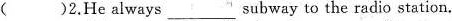
( )2.He always ___ subway to the radio station.